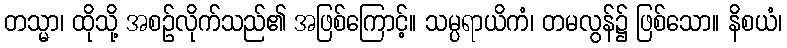
တသ္မာ၊ ထိုသို့ အစဉ်လိုက်သည်၏ အဖြစ်ကြောင့်။ သမ္ပရာယိကံ၊ တမလွန်၌ ဖြစ်သော။ နိစယံ၊